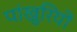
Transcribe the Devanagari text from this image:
पांखुरियों